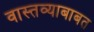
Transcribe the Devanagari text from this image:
वास्तव्याबाबत